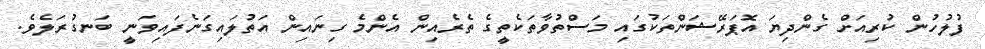
ފުލުހުން ކުރިއަށް ގެންދިޔަ އޮޕަރޭޝަންތަކުގައި މަސްތުވާތަކެތީގެ ތެރެއިން އެންމެ ގިނައިން އަތުލައިގަނެފައިވަނީ ބަނގުރަލެވެ.